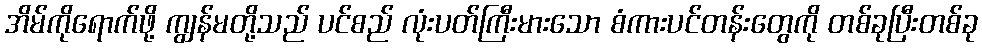
အိမ်ကိုရောက်ဖို့ ကျွန်မတို့သည် ပင်စည် လုံးပတ်ကြီးမားသော စံကားပင်တန်းတွေကို တစ်ခုပြီးတစ်ခု